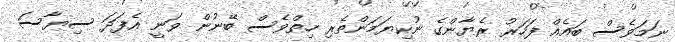
ނަމަވެސް ބައެއް ފަހަރު ރެޔާންގެ ނުކިޔަމަންތެރި ހިތްވެސް ބޭނުން ވަނީ އެފަދަ ސިޔާސަ